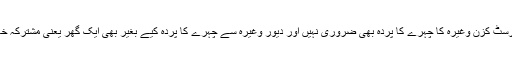
اسی آیت سے یہ مطلب بھی نکلتا ہے کہ فرسٹ کزن وغیرہ کا چہرے کا پردہ بھی ضروری نہیں اور دیور وغیرہ سے چہرے کا پردہ کیے بغیر بھی ایک گھر یعنی مشترکہ خاندانی نظام میں رہنا قرآن نے منع نہیں کیا۔